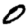
Digit: 0